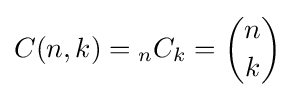
C(n,k)={_{n}}C_{k}={\binom {n}{k}}